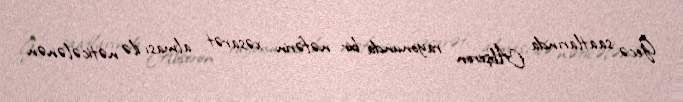
Gecə saatlarında Abşeron rayonunda bir nəfərin xəsarət alması ilə nəticələnən